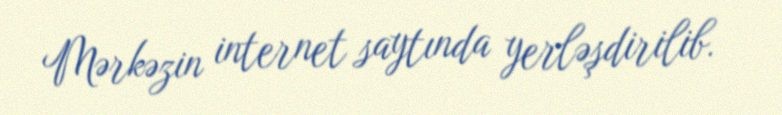
Mərkəzin internet saytında yerləşdirilib.